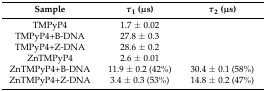
<table><thead><tr><td><b>Sample</b></td><td><b><i>τ</i><sub>1</sub> (μs)</b></td><td><b><i>τ</i><sub>2</sub> (μs)</b></td></tr></thead><tbody><tr><td>TMPyP4</td><td>1.7 ± 0.02</td><td></td></tr><tr><td>TMPyP4+B-DNA</td><td>27.8 ± 0.3</td><td></td></tr><tr><td>TMPyP4+Z-DNA</td><td>28.6 ± 0.2</td><td></td></tr><tr><td>ZnTMPyP4</td><td>2.6 ± 0.01</td><td></td></tr><tr><td>ZnTMPyP4+B-DNA</td><td>11.9 ± 0.2 (42%)</td><td>30.4 ± 0.1 (58%)</td></tr><tr><td>ZnTMPyP4+Z-DNA</td><td>3.4 ± 0.3 (53%)</td><td>14.8 ± 0.2 (47%)</td></tr></tbody></table>